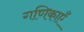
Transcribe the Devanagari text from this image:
गणिकाएँ